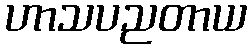
ဟာသပညတာယ